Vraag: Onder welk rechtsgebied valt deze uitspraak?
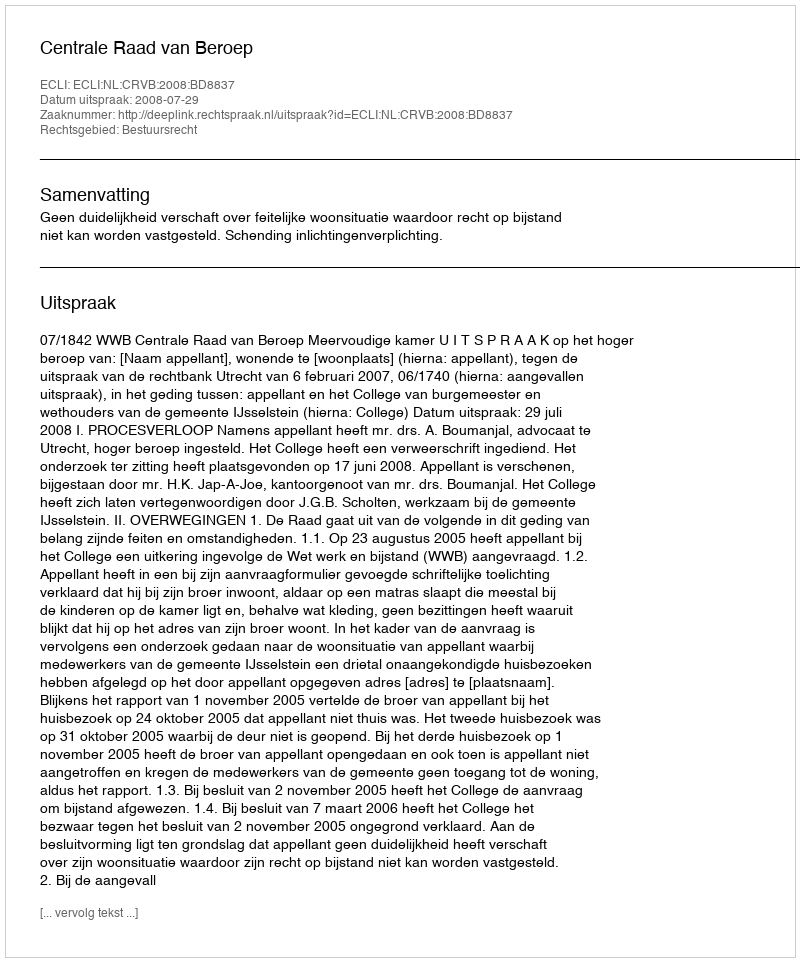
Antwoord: Bestuursrecht